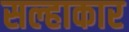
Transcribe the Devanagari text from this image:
सल्हाकार